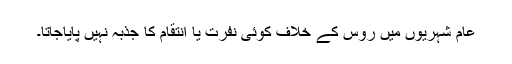
عام شہریوں میں روس کے خلاف کوئی نفرت یا انتقام کا جذبہ نہیں پایاجاتا۔